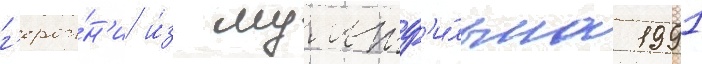
г'ерои́н'и и́з мультф'и́льма 1991